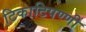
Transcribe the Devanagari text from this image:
टिकाटिपण्णी